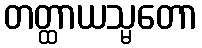
တတ္ထာယသ္မတော